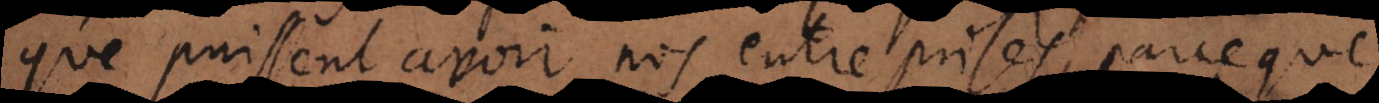
que puissent avoir nos entreprises, parce que